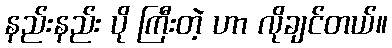
နည်းနည်း ပို ကြီးတဲ့ ဟာ လိုချင်တယ်။